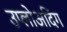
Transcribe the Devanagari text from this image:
उप्लोअदिंग